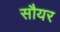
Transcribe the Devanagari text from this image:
सौयर